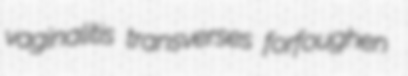
vaginalitis transverses forfoughen